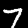
Label: 7